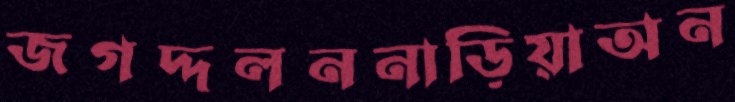
জগদ্দলননাড়িয়াঅন